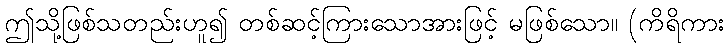
ဤသို့ဖြစ်သတည်းဟူ၍ တစ်ဆင့်ကြားသောအားဖြင့် မဖြစ်သော။ (ကိရိကား